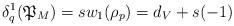
LaTeX: \begin{align*}\delta^1_q(\mathfrak P_M)=sw_1(\rho_p)=d_V+s(-1) \end{align*}